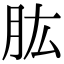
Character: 肱